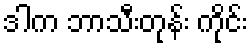
ဒါက ဘာသီးတုန်း ကိုင်း